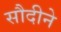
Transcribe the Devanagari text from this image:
सौदीने